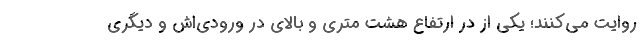
روایت می‌کنند؛ یکی از در ارتفاع هشت متری و بالای در ورودی‌اش و دیگری